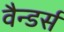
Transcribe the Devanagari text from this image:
वैन्डर्स